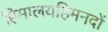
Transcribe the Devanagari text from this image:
हिमालयहिमनदों